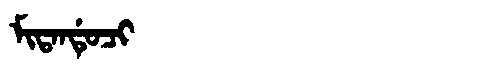
Manchu: ᠮᡳᡨᠠᠨᡩᡠᠴᡳ
Romanization: MITANDUCI